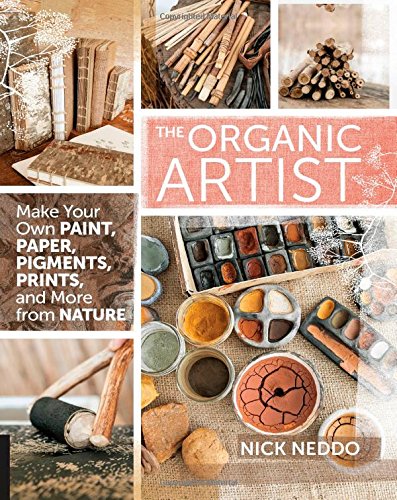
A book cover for The Organic Artist: Make Your Own Paint, Paper, Pigments, Prints and More from Nature; Nick Neddo; Crafts, Hobbies & Home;